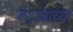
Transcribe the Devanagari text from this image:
कट्ट्याच्या